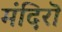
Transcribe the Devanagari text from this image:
मंदिरॊ